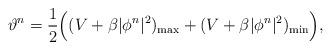
LaTeX: \begin{align*}\vartheta^n=\frac12\Big((V+\beta|\phi^n|^2)_{\max}+(V+\beta|\phi^n|^2)_{\min}\Big),\end{align*}